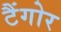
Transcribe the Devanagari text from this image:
टैंगोर